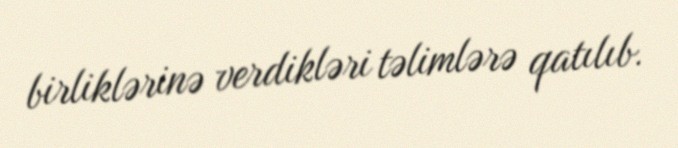
birliklərinə verdikləri təlimlərə qatılıb.